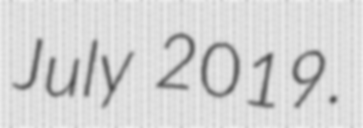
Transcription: July 2019.